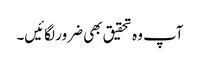
آپ وہ تحقیق بھی ضرور لگائیں۔